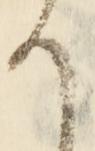
か